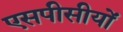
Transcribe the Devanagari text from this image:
एसपीसीयों